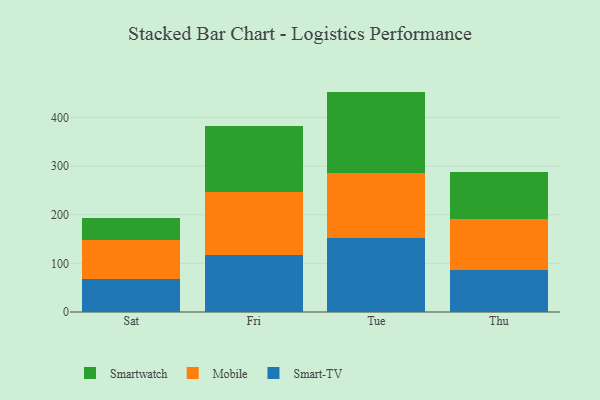
{"axis": {"x": "Day", "y": "Waste Production (Tons)"}, "legend": ["Mobile", "Smart-TV", "Smartwatch"], "data": [{"x": "Sat", "y": 67.1, "type": "Smart-TV"}, {"x": "Sat", "y": 82.0, "type": "Mobile"}, {"x": "Sat", "y": 43.4, "type": "Smartwatch"}, {"x": "Fri", "y": 117.6, "type": "Smart-TV"}, {"x": "Fri", "y": 128.4, "type": "Mobile"}, {"x": "Fri", "y": 135.6, "type": "Smartwatch"}, {"x": "Tue", "y": 152.9, "type": "Smart-TV"}, {"x": "Tue", "y": 134.0, "type": "Mobile"}, {"x": "Tue", "y": 166.4, "type": "Smartwatch"}, {"x": "Thu", "y": 85.4, "type": "Smart-TV"}, {"x": "Thu", "y": 105.8, "type": "Mobile"}, {"x": "Thu", "y": 96.1, "type": "Smartwatch"}]}